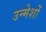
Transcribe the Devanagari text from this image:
उन्मेशों